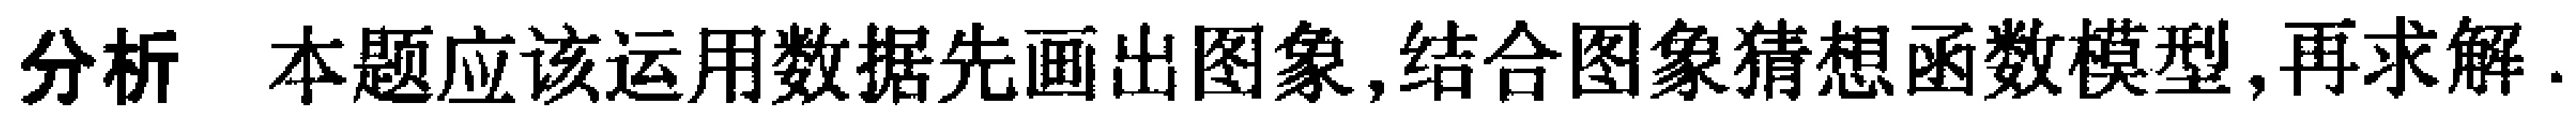
分析 本题应该运用数据先画出图象,结合图象猜想函数模型,再求解.